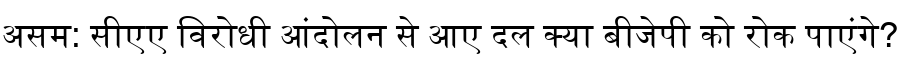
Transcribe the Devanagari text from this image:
असम: सीएए विरोधी आंदोलन से आए दल क्या बीजेपी को रोक पाएंगे?